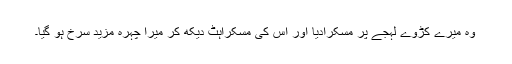
وہ میرے کڑوے لہجے پر مسکرادیا اور اس کی مسکراہٹ دیکھ کر میرا چہرہ مزید سرخ ہو گیا۔